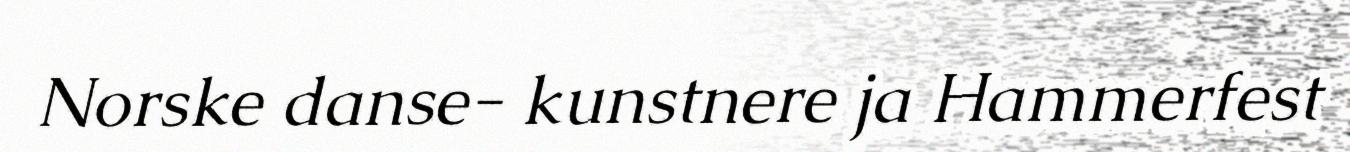
Norske danse- kunstnere ja Hammerfest